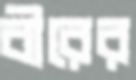
বীরের